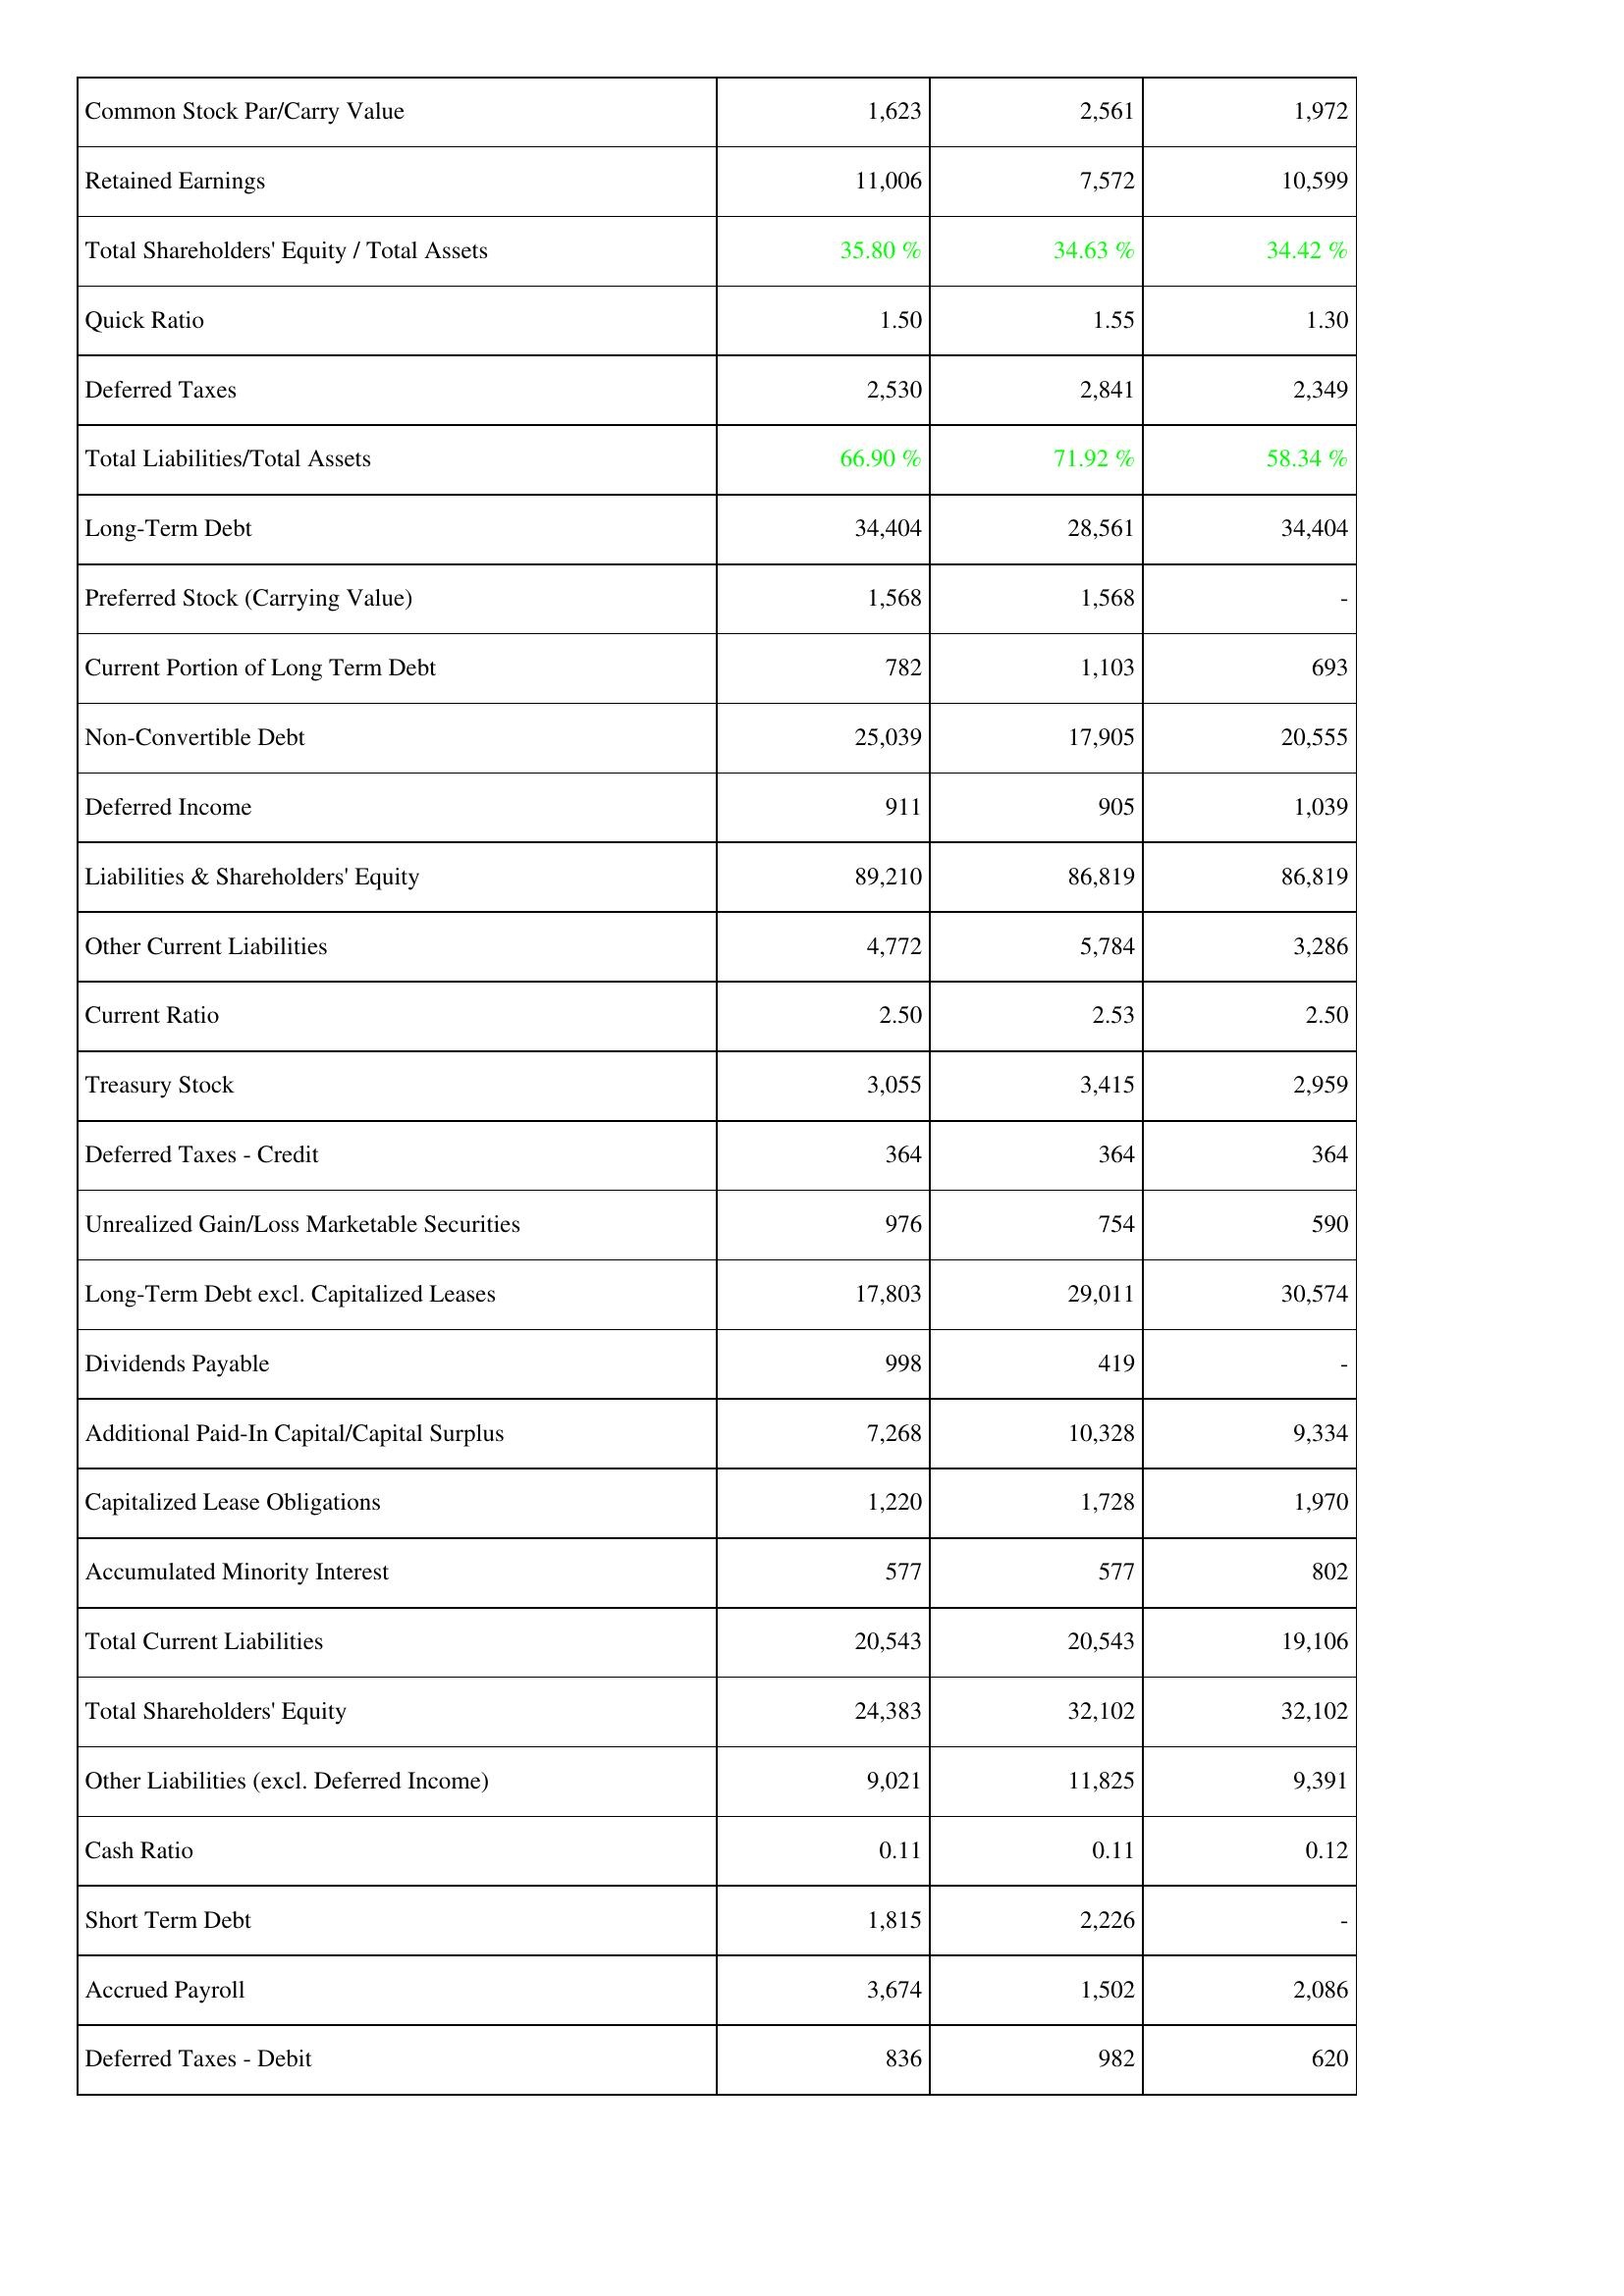
2017: Liabilities & Shareholders' Equity: Common Stock Par/Carry Value: 1,623
Retained Earnings: 11,006
Total Shareholders' Equity / Total Assets: 35.80 %
Quick Ratio: 1.50
Deferred Taxes: 2,530
Total Liabilities/Total Assets: 66.90 %
Long-Term Debt: 34,404
Preferred Stock (Carrying Value): 1,568
Current Portion of Long Term Debt: 782
Non-Convertible Debt: 25,039
Deferred Income: 911
Liabilities & Shareholders' Equity: 89,210
Other Current Liabilities: 4,772
Current Ratio: 2.50
Treasury Stock: 3,055
Deferred Taxes - Credit: 364
Unrealized Gain/Loss Marketable Securities: 976
Long-Term Debt excl. Capitalized Leases: 17,803
Dividends Payable: 998
Additional Paid-In Capital/Capital Surplus: 7,268
Capitalized Lease Obligations: 1,220
Accumulated Minority Interest: 577
Total Current Liabilities: 20,543
Total Shareholders' Equity: 24,383
Other Liabilities (excl. Deferred Income): 9,021
Cash Ratio: 0.11
Short Term Debt: 1,815
Accrued Payroll: 3,674
Deferred Taxes - Debit: 836
2018: Liabilities & Shareholders' Equity: Common Stock Par/Carry Value: 2,561
Retained Earnings: 7,572
Total Shareholders' Equity / Total Assets: 34.63 %
Quick Ratio: 1.55
Deferred Taxes: 2,841
Total Liabilities/Total Assets: 71.92 %
Long-Term Debt: 28,561
Preferred Stock (Carrying Value): 1,568
Current Portion of Long Term Debt: 1,103
Non-Convertible Debt: 17,905
Deferred Income: 905
Liabilities & Shareholders' Equity: 86,819
Other Current Liabilities: 5,784
Current Ratio: 2.53
Treasury Stock: 3,415
Deferred Taxes - Credit: 364
Unrealized Gain/Loss Marketable Securities: 754
Long-Term Debt excl. Capitalized Leases: 29,011
Dividends Payable: 419
Additional Paid-In Capital/Capital Surplus: 10,328
Capitalized Lease Obligations: 1,728
Accumulated Minority Interest: 577
Total Current Liabilities: 20,543
Total Shareholders' Equity: 32,102
Other Liabilities (excl. Deferred Income): 11,825
Cash Ratio: 0.11
Short Term Debt: 2,226
Accrued Payroll: 1,502
Deferred Taxes - Debit: 982
2019: Liabilities & Shareholders' Equity: Common Stock Par/Carry Value: 1,972
Retained Earnings: 10,599
Total Shareholders' Equity / Total Assets: 34.42 %
Quick Ratio: 1.30
Deferred Taxes: 2,349
Total Liabilities/Total Assets: 58.34 %
Long-Term Debt: 34,404
Preferred Stock (Carrying Value): -
Current Portion of Long Term Debt: 693
Non-Convertible Debt: 20,555
Deferred Income: 1,039
Liabilities & Shareholders' Equity: 86,819
Other Current Liabilities: 3,286
Current Ratio: 2.50
Treasury Stock: 2,959
Deferred Taxes - Credit: 364
Unrealized Gain/Loss Marketable Securities: 590
Long-Term Debt excl. Capitalized Leases: 30,574
Dividends Payable: -
Additional Paid-In Capital/Capital Surplus: 9,334
Capitalized Lease Obligations: 1,970
Accumulated Minority Interest: 802
Total Current Liabilities: 19,106
Total Shareholders' Equity: 32,102
Other Liabilities (excl. Deferred Income): 9,391
Cash Ratio: 0.12
Short Term Debt: -
Accrued Payroll: 2,086
Deferred Taxes - Debit: 620